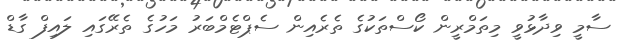
ސާމީ ވިދާޅުވީ މިތަމްރީން ކޯސްތަކުގެ ތެރެއިން ސެޕްޓެމްބަރު މަހުގެ ތެރޭގައި ލައިފް ގާޑް